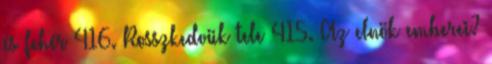
és fehér 416. Rosszkedvük tele 415. Az elnök emberei?